Vaccination in Burma 1900-1911 - 1900-1911
Year: 1900
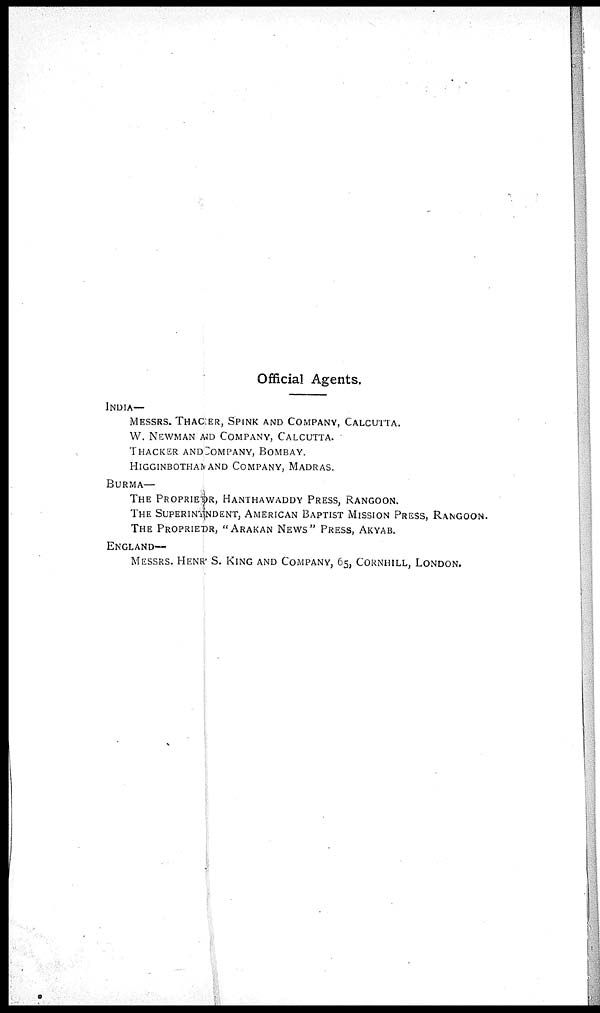
Official Agents.
INDIA-
MESSRS. THACKER, SPINK AND COMPANY, CALCUTTA.
W. NEWMAN AND COMPANY, CALCUTTA.
THACKER AND COMPANY, BOMBAY.
HIGGINBOTHAM AND COMPANY, MADRAS.
BURMA—
THE PROPRIETOR, HANTHAWADDY PRESS, RANGOON.
THE SUPERINTENDENT, AMERICAN BAPTIST MISSION PRESS, RANGOON.
THE PROPRIETOR, "ARAKAN NEWS" PRESS, AKYAB.
ENGLAND—
MESSRS. HENR'S. KING AND COMPANY, 65, CORNHILL, LONDON.